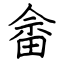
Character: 畲